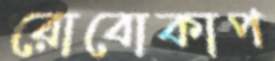
রোবোকাপ